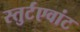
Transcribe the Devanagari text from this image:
स्तुर्टएवांट